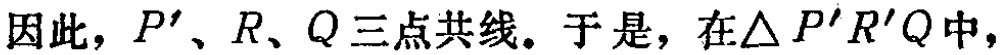
因此，\(P'\)、\(R\)、\(Q\)三点共线。于是，在\(\triangle P'R'Q\)中，